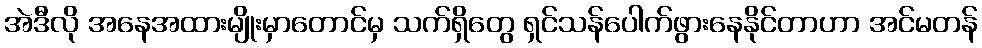
အဲဒီလို အနေအထားမျိုးမှာတောင်မှ သက်ရှိတွေ ရှင်သန်ပေါက်ဖွားနေနိုင်တာဟာ အင်မတန်